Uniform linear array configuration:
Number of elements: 4
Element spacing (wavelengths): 0.75
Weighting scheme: binomial
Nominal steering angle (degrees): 30
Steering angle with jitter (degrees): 29.933
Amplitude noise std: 0.05
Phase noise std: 0.05

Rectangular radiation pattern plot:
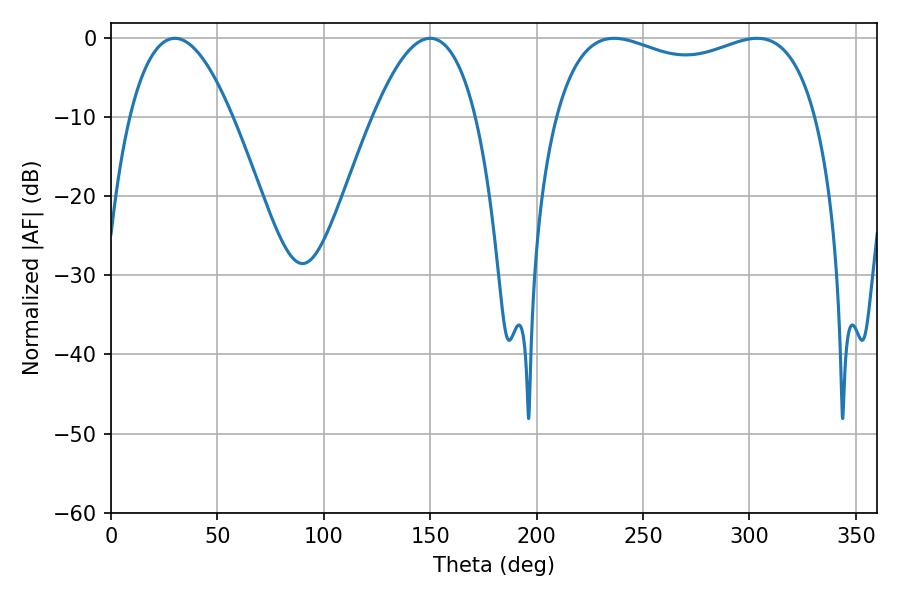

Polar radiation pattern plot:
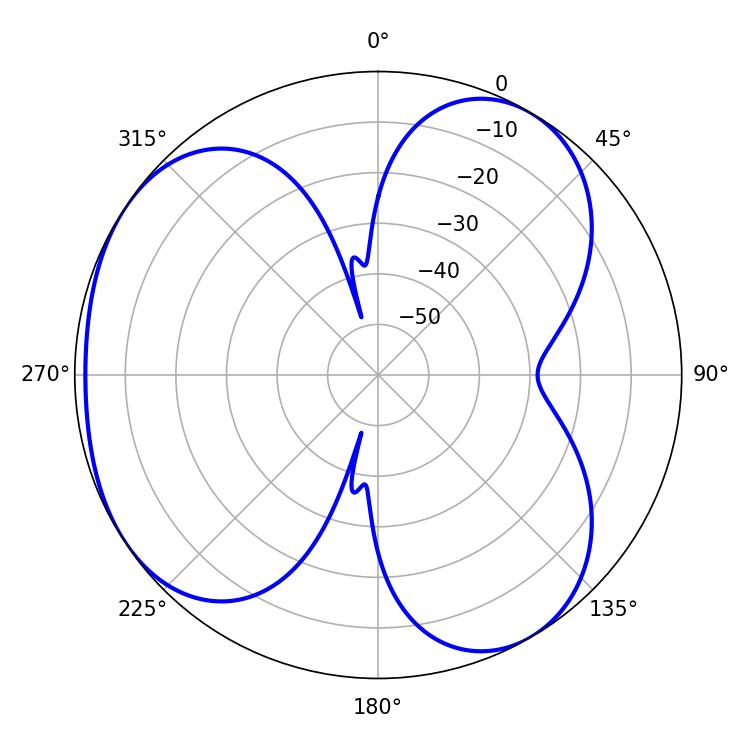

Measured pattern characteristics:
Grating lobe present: TRUE
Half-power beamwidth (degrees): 26.46
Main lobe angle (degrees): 30.06